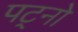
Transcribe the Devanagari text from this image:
पट्नो